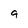
Character: 9